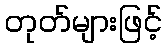
တုတ်များဖြင့်